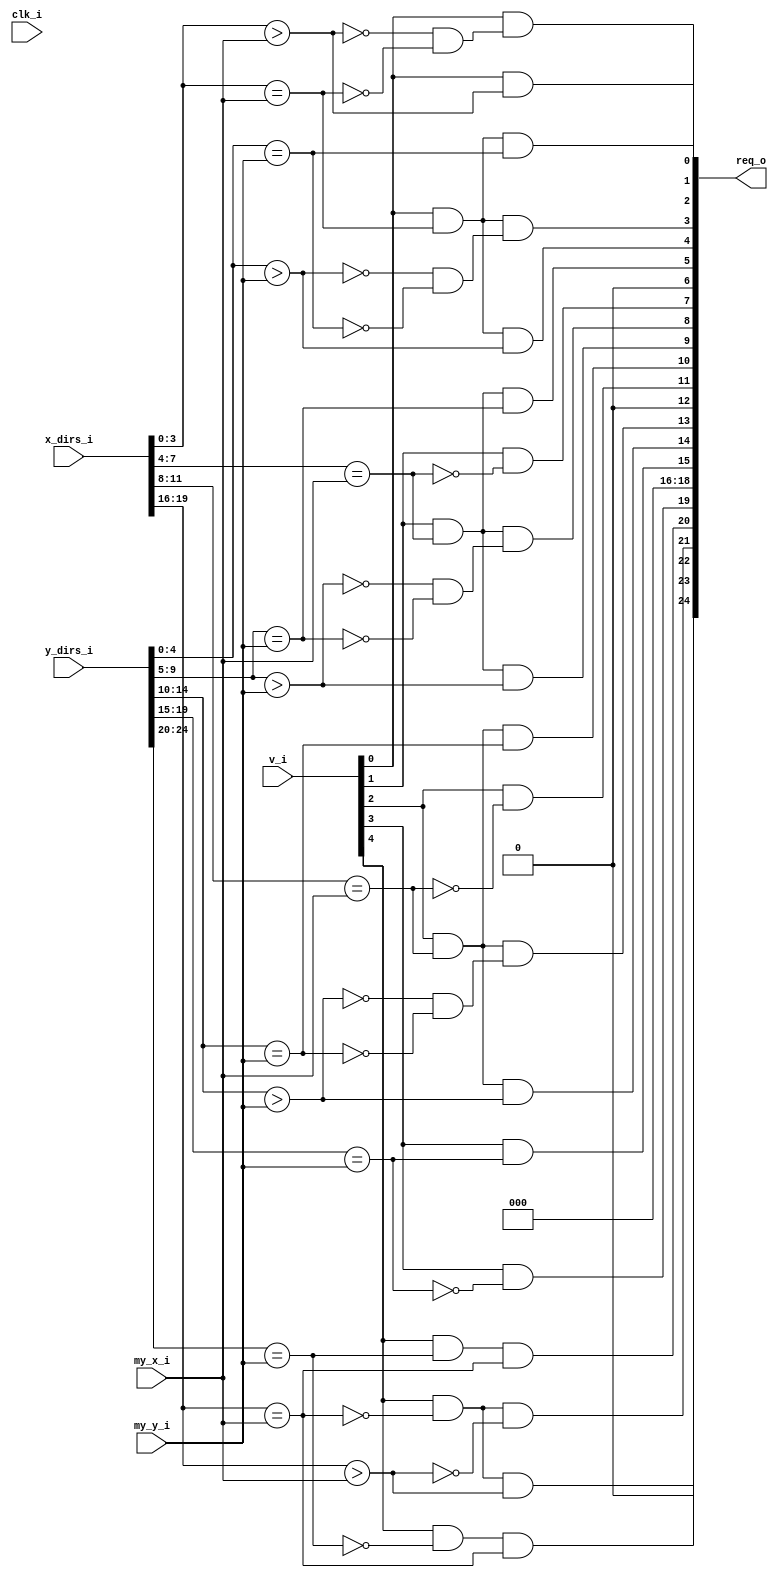
module bsg_mesh_router_dor_decoder_4_5_5_1
(
  clk_i,
  v_i,
  x_dirs_i,
  y_dirs_i,
  my_x_i,
  my_y_i,
  req_o
);

  input [4:0] v_i;
  input [19:0] x_dirs_i;
  input [24:0] y_dirs_i;
  input [3:0] my_x_i;
  input [4:0] my_y_i;
  output [24:0] req_o;
  input clk_i;
  wire [24:0] req_o;
  wire x_eq_4,x_gt_0,NS_req_4__weird_route,N0,N1,N2,N3,N4,N5,N6,N7,N8,N9,N10,N11,N12,
  N13,N14,N15,N16,N17,N18,N19,N20,N21,N22,N23,N24,N25,N26,N27,N28,N29,N30,N31,N32;
  wire [2:0] x_eq,y_gt,y_lt;
  wire [4:0] y_eq;
  wire [4:3] x_gt;
  wire [0:0] x_lt;
  assign req_o[24] = 1'b0;
  assign req_o[18] = 1'b0;
  assign req_o[12] = 1'b0;
  assign req_o[6] = 1'b0;
  assign x_eq[0] = x_dirs_i[3:0] == my_x_i;
  assign y_eq[0] = y_dirs_i[4:0] == my_y_i;
  assign x_gt_0 = x_dirs_i[3:0] > my_x_i;
  assign y_gt[0] = y_dirs_i[4:0] > my_y_i;
  assign x_eq[1] = x_dirs_i[7:4] == my_x_i;
  assign y_eq[1] = y_dirs_i[9:5] == my_y_i;
  assign y_gt[1] = y_dirs_i[9:5] > my_y_i;
  assign x_eq[2] = x_dirs_i[11:8] == my_x_i;
  assign y_eq[2] = y_dirs_i[14:10] == my_y_i;
  assign y_gt[2] = y_dirs_i[14:10] > my_y_i;
  assign y_eq[3] = y_dirs_i[19:15] == my_y_i;
  assign x_gt[3] = x_dirs_i[15:12] > my_x_i;
  assign x_eq_4 = x_dirs_i[19:16] == my_x_i;
  assign y_eq[4] = y_dirs_i[24:20] == my_y_i;
  assign x_gt[4] = x_dirs_i[19:16] > my_x_i;
  assign x_lt[0] = N0 & N1;
  assign N0 = ~x_gt_0;
  assign N1 = ~x_eq[0];
  assign y_lt[0] = N2 & N3;
  assign N2 = ~y_gt[0];
  assign N3 = ~y_eq[0];
  assign y_lt[1] = N4 & N5;
  assign N4 = ~y_gt[1];
  assign N5 = ~y_eq[1];
  assign y_lt[2] = N6 & N7;
  assign N6 = ~y_gt[2];
  assign N7 = ~y_eq[2];
  assign req_o[7] = v_i[1] & N8;
  assign N8 = ~x_eq[1];
  assign req_o[5] = N9 & y_eq[1];
  assign N9 = v_i[1] & x_eq[1];
  assign req_o[9] = N10 & y_gt[1];
  assign N10 = v_i[1] & x_eq[1];
  assign req_o[8] = N11 & y_lt[1];
  assign N11 = v_i[1] & x_eq[1];
  assign req_o[11] = v_i[2] & N12;
  assign N12 = ~x_eq[2];
  assign req_o[10] = N13 & y_eq[2];
  assign N13 = v_i[2] & x_eq[2];
  assign req_o[14] = N14 & y_gt[2];
  assign N14 = v_i[2] & x_eq[2];
  assign req_o[13] = N15 & y_lt[2];
  assign N15 = v_i[2] & x_eq[2];
  assign req_o[19] = N17 & N18;
  assign N17 = v_i[3] & N16;
  assign N16 = ~y_eq[3];
  assign N18 = ~1'b0;
  assign req_o[15] = N19 & N18;
  assign N19 = v_i[3] & y_eq[3];
  assign req_o[16] = N20 & N21;
  assign N20 = v_i[3] & 1'b0;
  assign N21 = ~x_gt[3];
  assign req_o[17] = N22 & x_gt[3];
  assign N22 = v_i[3] & 1'b0;
  assign NS_req_4__weird_route = ~x_eq_4;
  assign req_o[23] = N24 & N25;
  assign N24 = v_i[4] & N23;
  assign N23 = ~y_eq[4];
  assign N25 = ~NS_req_4__weird_route;
  assign req_o[20] = N26 & N25;
  assign N26 = v_i[4] & y_eq[4];
  assign req_o[21] = N27 & N28;
  assign N27 = v_i[4] & NS_req_4__weird_route;
  assign N28 = ~x_gt[4];
  assign req_o[22] = N29 & x_gt[4];
  assign N29 = v_i[4] & NS_req_4__weird_route;
  assign req_o[2] = v_i[0] & x_gt_0;
  assign req_o[1] = v_i[0] & x_lt[0];
  assign req_o[4] = N30 & y_gt[0];
  assign N30 = v_i[0] & x_eq[0];
  assign req_o[3] = N31 & y_lt[0];
  assign N31 = v_i[0] & x_eq[0];
  assign req_o[0] = N32 & y_eq[0];
  assign N32 = v_i[0] & x_eq[0];

endmodule